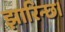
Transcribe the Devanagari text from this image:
झारिन्छ।